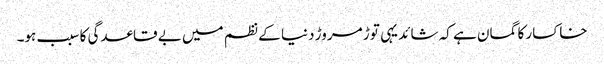
خاکسار کا گمان ہے کہ شائد یہی توڑ مروڑ دنیا کے نظم میں بے قاعدگی کا سبب ہو۔